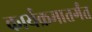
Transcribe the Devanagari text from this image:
कार्यक्रमातर्गंत